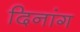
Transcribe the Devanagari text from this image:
दिनांग